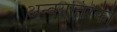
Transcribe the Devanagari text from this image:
अन्वयतिरेकी